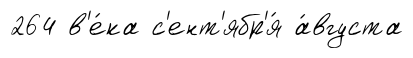
264 в'е́ка с'ент'ябр'я́ а́вгуста